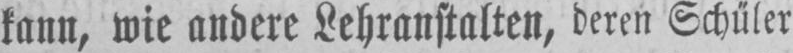
kann, wie andere Lehranstalten, deren Schüler